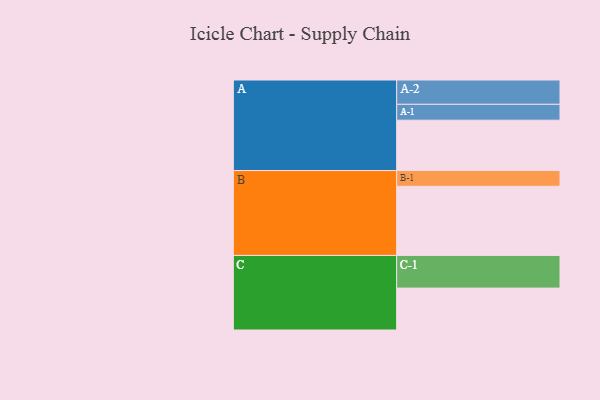
{"axis": {"x": "Segment", "y": "Value"}, "legend": ["", "A", "B", "C"], "data": [{"x": "A", "y": 412, "type": ""}, {"x": "B", "y": 566, "type": ""}, {"x": "C", "y": 343, "type": ""}, {"x": "A-1", "y": 130, "type": "A"}, {"x": "A-2", "y": 199, "type": "A"}, {"x": "B-1", "y": 129, "type": "B"}, {"x": "C-1", "y": 267, "type": "C"}]}